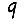
Digit: 9